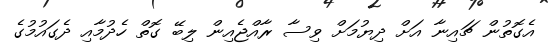
އެގޮތުން ޗައިނާ އަށް ދިޔުމަށް ވިސާ ރާއްޖެއިން ލިބޭ ގޮތް ހެދުމާއި ދެގައުމުގެ